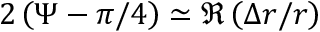
2 \left( \Psi - \pi / 4 \right) \simeq \Re \left( \Delta r / r \right)